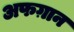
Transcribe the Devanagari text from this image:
अफग़ान